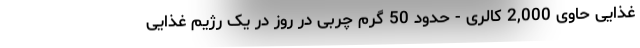
غذایی حاوی 2,000 کالری - حدود 50 گرم چربی در روز در یک رژیم غذایی